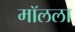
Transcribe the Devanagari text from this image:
मॉलला